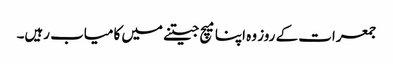
جمعرات کے روز وہ اپنا میچ جیتنے میں کامیاب رہیں۔